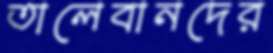
তালেবানদের